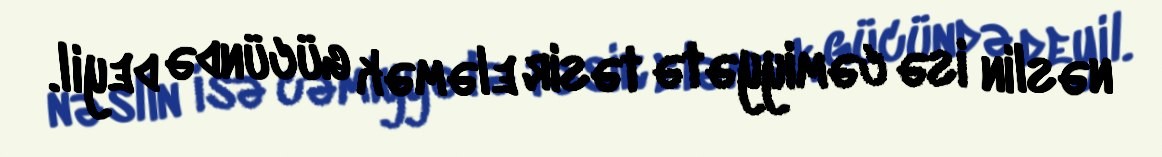
nəslin isə cəmiyyətə təsir eləmək gücündə deyil.